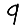
Digit: 9